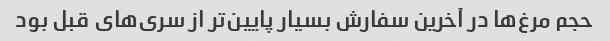
حجم مرغ‌ها در آخرین سفارش بسیار پایین‌تر از سری‌های قبل بود